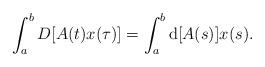
LaTeX: \begin{align*}\int_{a}^{b}D[A(t)x(\tau)]=\int_{a}^{b}{\rm d}[A(s)]x(s).\end{align*}